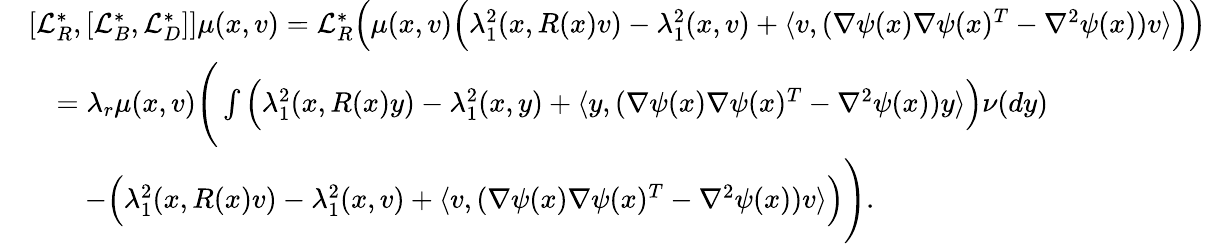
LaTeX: \begin{array}{rl}&{[\mathcal{L}_{R}^{*},[\mathcal{L}_{B}^{*},\mathcal{L}_{D}^{*}]]\mu(x,v)=\mathcal{L}_{R}^{*}\Big(\mu(x,v)\Big(\lambda_{1}^{2}(x,R(x)v)-\lambda_{1}^{2}(x,v)+\langle v,(\nabla\psi(x)\nabla\psi(x)^{T}-\nabla^{2}\psi(x))v\rangle\Big)\Big)}\\ &{\quad=\lambda_{r}\mu(x,v)\Bigg(\int\Big(\lambda_{1}^{2}(x,R(x)y)-\lambda_{1}^{2}(x,y)+\langle y,(\nabla\psi(x)\nabla\psi(x)^{T}-\nabla^{2}\psi(x))y\rangle\Big)\nu(dy)}\\ &{\qquad-\Big(\lambda_{1}^{2}(x,R(x)v)-\lambda_{1}^{2}(x,v)+\langle v,(\nabla\psi(x)\nabla\psi(x)^{T}-\nabla^{2}\psi(x))v\rangle\Big)\Bigg).}\end{array}